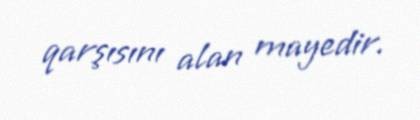
qarşısını alan mayedir.